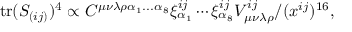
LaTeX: \mathrm { t r } ( S _ { ( i j ) } ) ^ { 4 } \propto C ^ { \mu \nu \lambda \rho \alpha _ { 1 } . . . \alpha _ { 8 } } \xi _ { \alpha _ { 1 } } ^ { i j } \cdots \xi _ { \alpha _ { 8 } } ^ { i j } V _ { \mu \nu \lambda \rho } ^ { i j } / ( x ^ { i j } ) ^ { 1 6 } ,